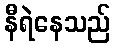
နီရဲနေသည်